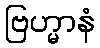
ဗြဟ္မာနံ